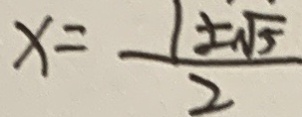
x = \frac { 1 \pm \sqrt { 5 } } { 2 }